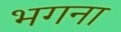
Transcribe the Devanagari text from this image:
भगना